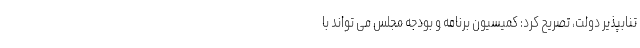
تنابپذیر دولت، تصریح کرد: کمیسیون برنامه و بودجه مجلس می تواند با